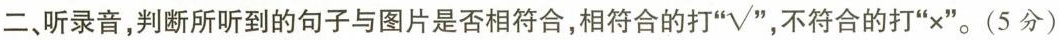
二、听录音，判断所听到的句子与图片是否相符合，相符合的打 “√” ，不符合的打”x”。(5分)